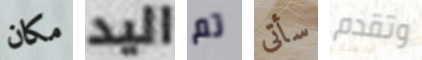
مكان اليد تم سأتى وتقدم